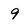
Character: 9